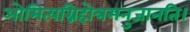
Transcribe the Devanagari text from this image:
ओमित्यग्निहोत्रमनुजानति।